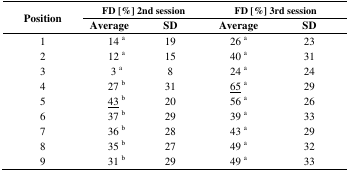
<table><thead><tr><td rowspan="3"><b>Position</b></td><td colspan="2"><b>FD [%] 2nd session</b></td><td colspan="2"><b>FD [%] 3rd session</b></td></tr><tr><td><b>Average</b></td><td><b>SD</b></td><td><b>Average</b></td><td><b>SD</b></td></tr></thead><tbody><tr><td>1</td><td>14 <sup>a</sup></td><td>19</td><td>26 <sup>a</sup></td><td>23</td></tr><tr><td>2</td><td>12 <sup>a</sup></td><td>15</td><td>40 <sup>a</sup></td><td>31</td></tr><tr><td>3</td><td>3 <sup>a</sup></td><td>8</td><td>24 <sup>a</sup></td><td>24</td></tr><tr><td>4</td><td>27 <sup>b</sup></td><td>31</td><td><underline>65</underline><sup>a</sup></td><td>29</td></tr><tr><td>5</td><td><underline>43</underline><sup>b</sup></td><td>20</td><td>56 <sup>a</sup></td><td>26</td></tr><tr><td>6</td><td>37 <sup>b</sup></td><td>29</td><td>39 <sup>a</sup></td><td>33</td></tr><tr><td>7</td><td>36 <sup>b</sup></td><td>28</td><td>43 <sup>a</sup></td><td>29</td></tr><tr><td>8</td><td>35 <sup>b</sup></td><td>27</td><td>49 <sup>a</sup></td><td>32</td></tr><tr><td>9</td><td>31 <sup>b</sup></td><td>29</td><td>49 <sup>a</sup></td><td>33</td></tr></tbody></table>